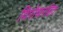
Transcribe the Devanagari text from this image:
विरोधरहित